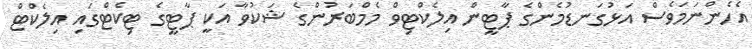
އެހެންނަމަވެސް އަޅުގަނޑުމެންގެ ޕާޓީން އިލެކްޓިވް މެމްބަރުންގެ ޝަކުވާ އަކީ ޕާޓީގެ ޓިކެޓްގައި އިލެކްޓް